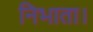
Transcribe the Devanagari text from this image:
निभाता।